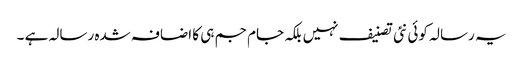
یہ رسالہ کوئی نئی تصنیف نہیں بلکہ جام جم ہی کا اضافہ شدہ رسالہ ہے ۔